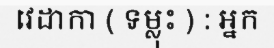
វេដាកា ( ទម្លុះ ) : អ្នក